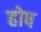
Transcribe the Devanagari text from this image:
होष